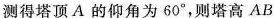
测得塔顶A的仰角为60°，则塔高AB